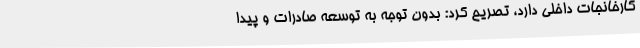
کارخانجات داخلی دارد، تصریح کرد: بدون توجه به توسعه صادرات و پیدا